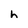
Character: h